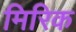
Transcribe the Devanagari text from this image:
मिरिक